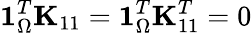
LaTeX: \mathbf{1}_{\Omega}^{T}\mathbf{K}_{11}=\mathbf{1}_{\Omega}^{T}\mathbf{K}_{11}^{T}=0